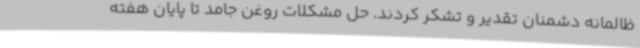
ظالمانه دشمنان تقدیر و تشکر کردند. حل مشکلات روغن جامد تا پایان هفته